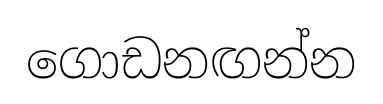
ගොඩනඟන්න